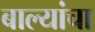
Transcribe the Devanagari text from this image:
बाल्यांचा